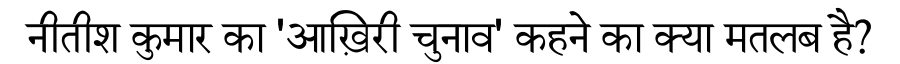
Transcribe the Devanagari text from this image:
नीतीश कुमार का 'आख़िरी चुनाव' कहने का क्या मतलब है?